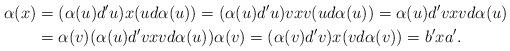
LaTeX: \begin{align*}\alpha(x) &= (\alpha(u) d' u) x (u d \alpha(u))= (\alpha(u) d' u) v x v (u d \alpha(u))= \alpha(u) d' v x v d \alpha(u)\\&= \alpha(v) ( \alpha(u) d' v x v d \alpha(u) ) \alpha(v)= (\alpha(v) d' v) x (v d \alpha(v) ) = b' x a'.\end{align*}